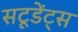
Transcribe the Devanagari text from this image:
सटूडेंट्स